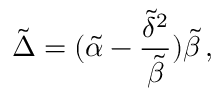
\tilde { \Delta } = ( \tilde { \alpha } - \frac { \tilde { \delta } ^ { 2 } } { \tilde { \beta } } ) \tilde { \beta } \, ,